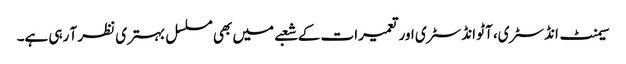
سیمنٹ انڈسٹری، آٹو انڈسٹری اور تعمیرات کے شعبے میں بھی مسلسل بہتری نظر آ رہی ہے۔